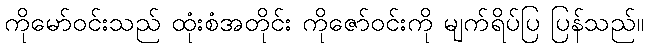
ကိုမော်ဝင်းသည် ထုံးစံအတိုင်း ကိုဇော်ဝင်းကို မျက်ရိပ်ပြ ပြန်သည်။